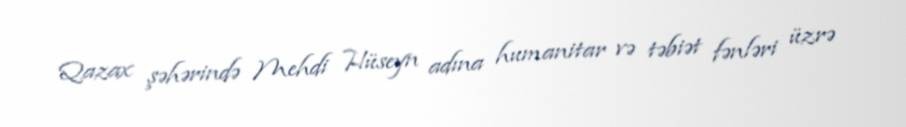
Qazax şəhərində Mehdi Hüseyn adına humanitar və təbiət fənləri üzrə